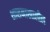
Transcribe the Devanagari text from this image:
शासनाखालील